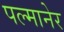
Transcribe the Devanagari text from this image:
पल्मानेर